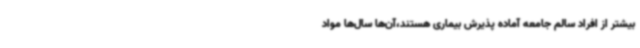
بیشتر از افراد سالم جامعه آماده پذیرش بیماری هستند،آن‌ها سال‌ها مواد